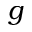
g